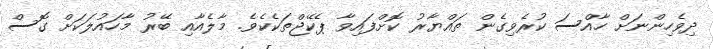
ދިވެހިންނަށް ހާއްސަ ކުރެވިގެން ތައްޔާރު ކޮށްފައިވާ ޕެކޭޖްތަކެކެވެ. މާލެއާއި ބޭރު މާހައުލަކަށް ގޮސް